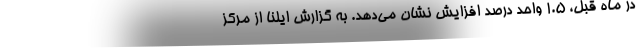
در ماه قبل، ١.٥ واحد درصد افزایش نشان می‌دهد. به گزارش ایلنا از مرکز